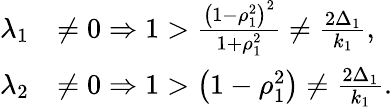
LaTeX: \begin{array}{rl}{\lambda_{1}}&{\neq 0\Rightarrow 1>\frac{\left(1-\rho_{1}^{2}\right)^{2}}{1+\rho_{1}^{2}}\neq\frac{2\Delta_{1}}{k_{1}},}\\ {\lambda_{2}}&{\neq 0\Rightarrow 1>\left(1-\rho_{1}^{2}\right)\neq\frac{2\Delta_{1}}{k_{1}}.}\end{array}